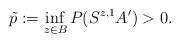
LaTeX: \begin{align*}\tilde{p} := \inf_{z \in B} P(S^{z,1} A') > 0.\end{align*}